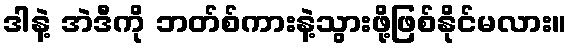
ဒါနဲ့ အဲဒီကို ဘတ်စ်ကားနဲ့သွားဖို့ဖြစ်နိုင်မလား။